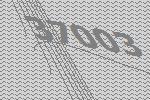
37003